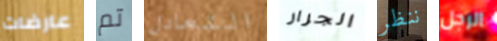
عارضات تم التعادل الجرار ننظر الرجل